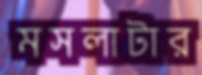
মসলাটার